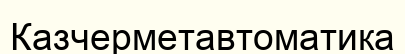
Казчерметавтоматика